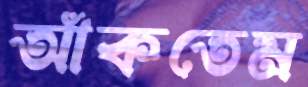
আঁকতেম